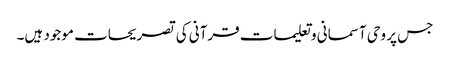
جس پر وحی آسمانی و تعلیمات قرآنی کی تصریحات موجود ہیں۔